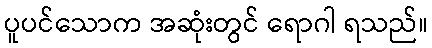
ပူပင်သောက အဆုံးတွင် ရောဂါ ရသည်။